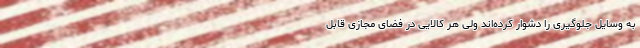
به وسایل جلوگیری را دشوار کرده‌اند ولی هر کالایی در فضای مجازی قابل